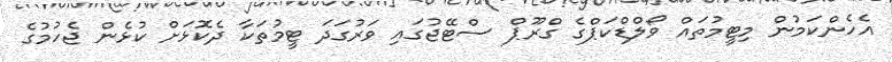
އެހެންކަމުން މިޓީމުތައް ވޯލްޑްކަޕްގެ ގްރޫޕް ސްޓޭޖުގައި ވަރުގަދަ ޓީމުތަކާ ދެކޮޅަށް ކުޅެން ޖެހުމުގެ